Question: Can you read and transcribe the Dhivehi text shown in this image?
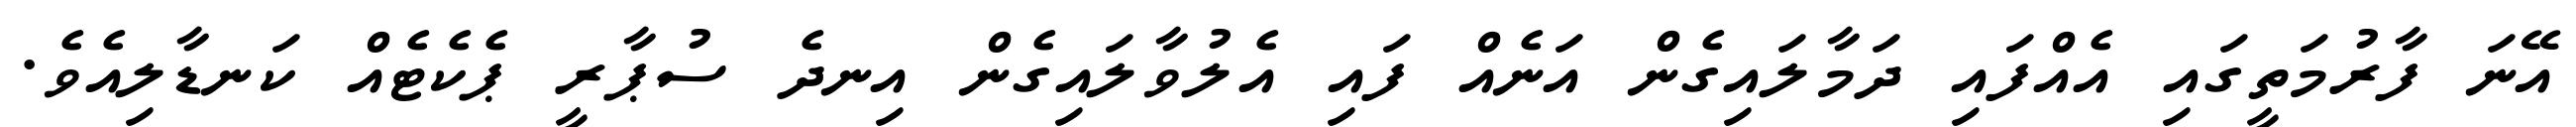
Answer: އޭނަ ފާރުމަތީގައި އެއްފައި ދަމާލައިގެން އަނެއް ފައި އެލުވާލައިގެން އިނދެ ސުޕާރީ ޕެކެޓެއް ކަނޑާލިއެވެ.